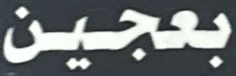
بعجين